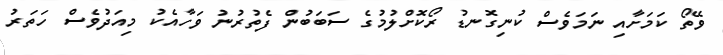
ވޭތޯ ކަމަށާއި ނަމަވެސް ކުނިގޮނޑު ރޯކޮށްލުމުގެ ސަބަބުން ފެތުރުނު ވަހާއެކު މިއަދުވެސް ހަތަރު